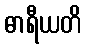
ဓာရီယတိ